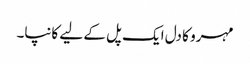
مہرو کا دل ایک پل کے لیے کانپا۔